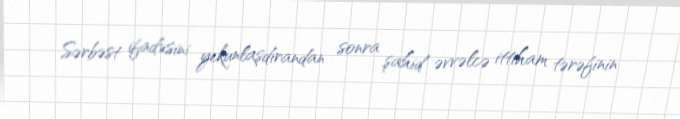
Sərbəst ifadəsini yekunlaşdırandan sonra şahid əvvəlcə ittiham tərəfinin